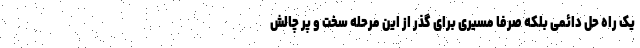
یک راه حل دائمی بلکه صرفاً مسیری برای گذر از این مرحله سخت و پر چالش